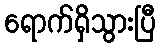
ရောက်ရှိသွားပြီ